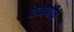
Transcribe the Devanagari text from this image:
घेवाणीचे